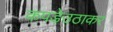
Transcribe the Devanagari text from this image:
कपड़ेउठाकर